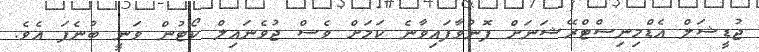
ޖުޑީޝަލް އެޑްމިނިސްޓްރޭޝަނަށް ފޮނުވާފައިވާނެ ކަމަށް ވެސް ޖުވެނައިލް ކޯޓުން ވަނީ ބުނެފަ އެވެ.